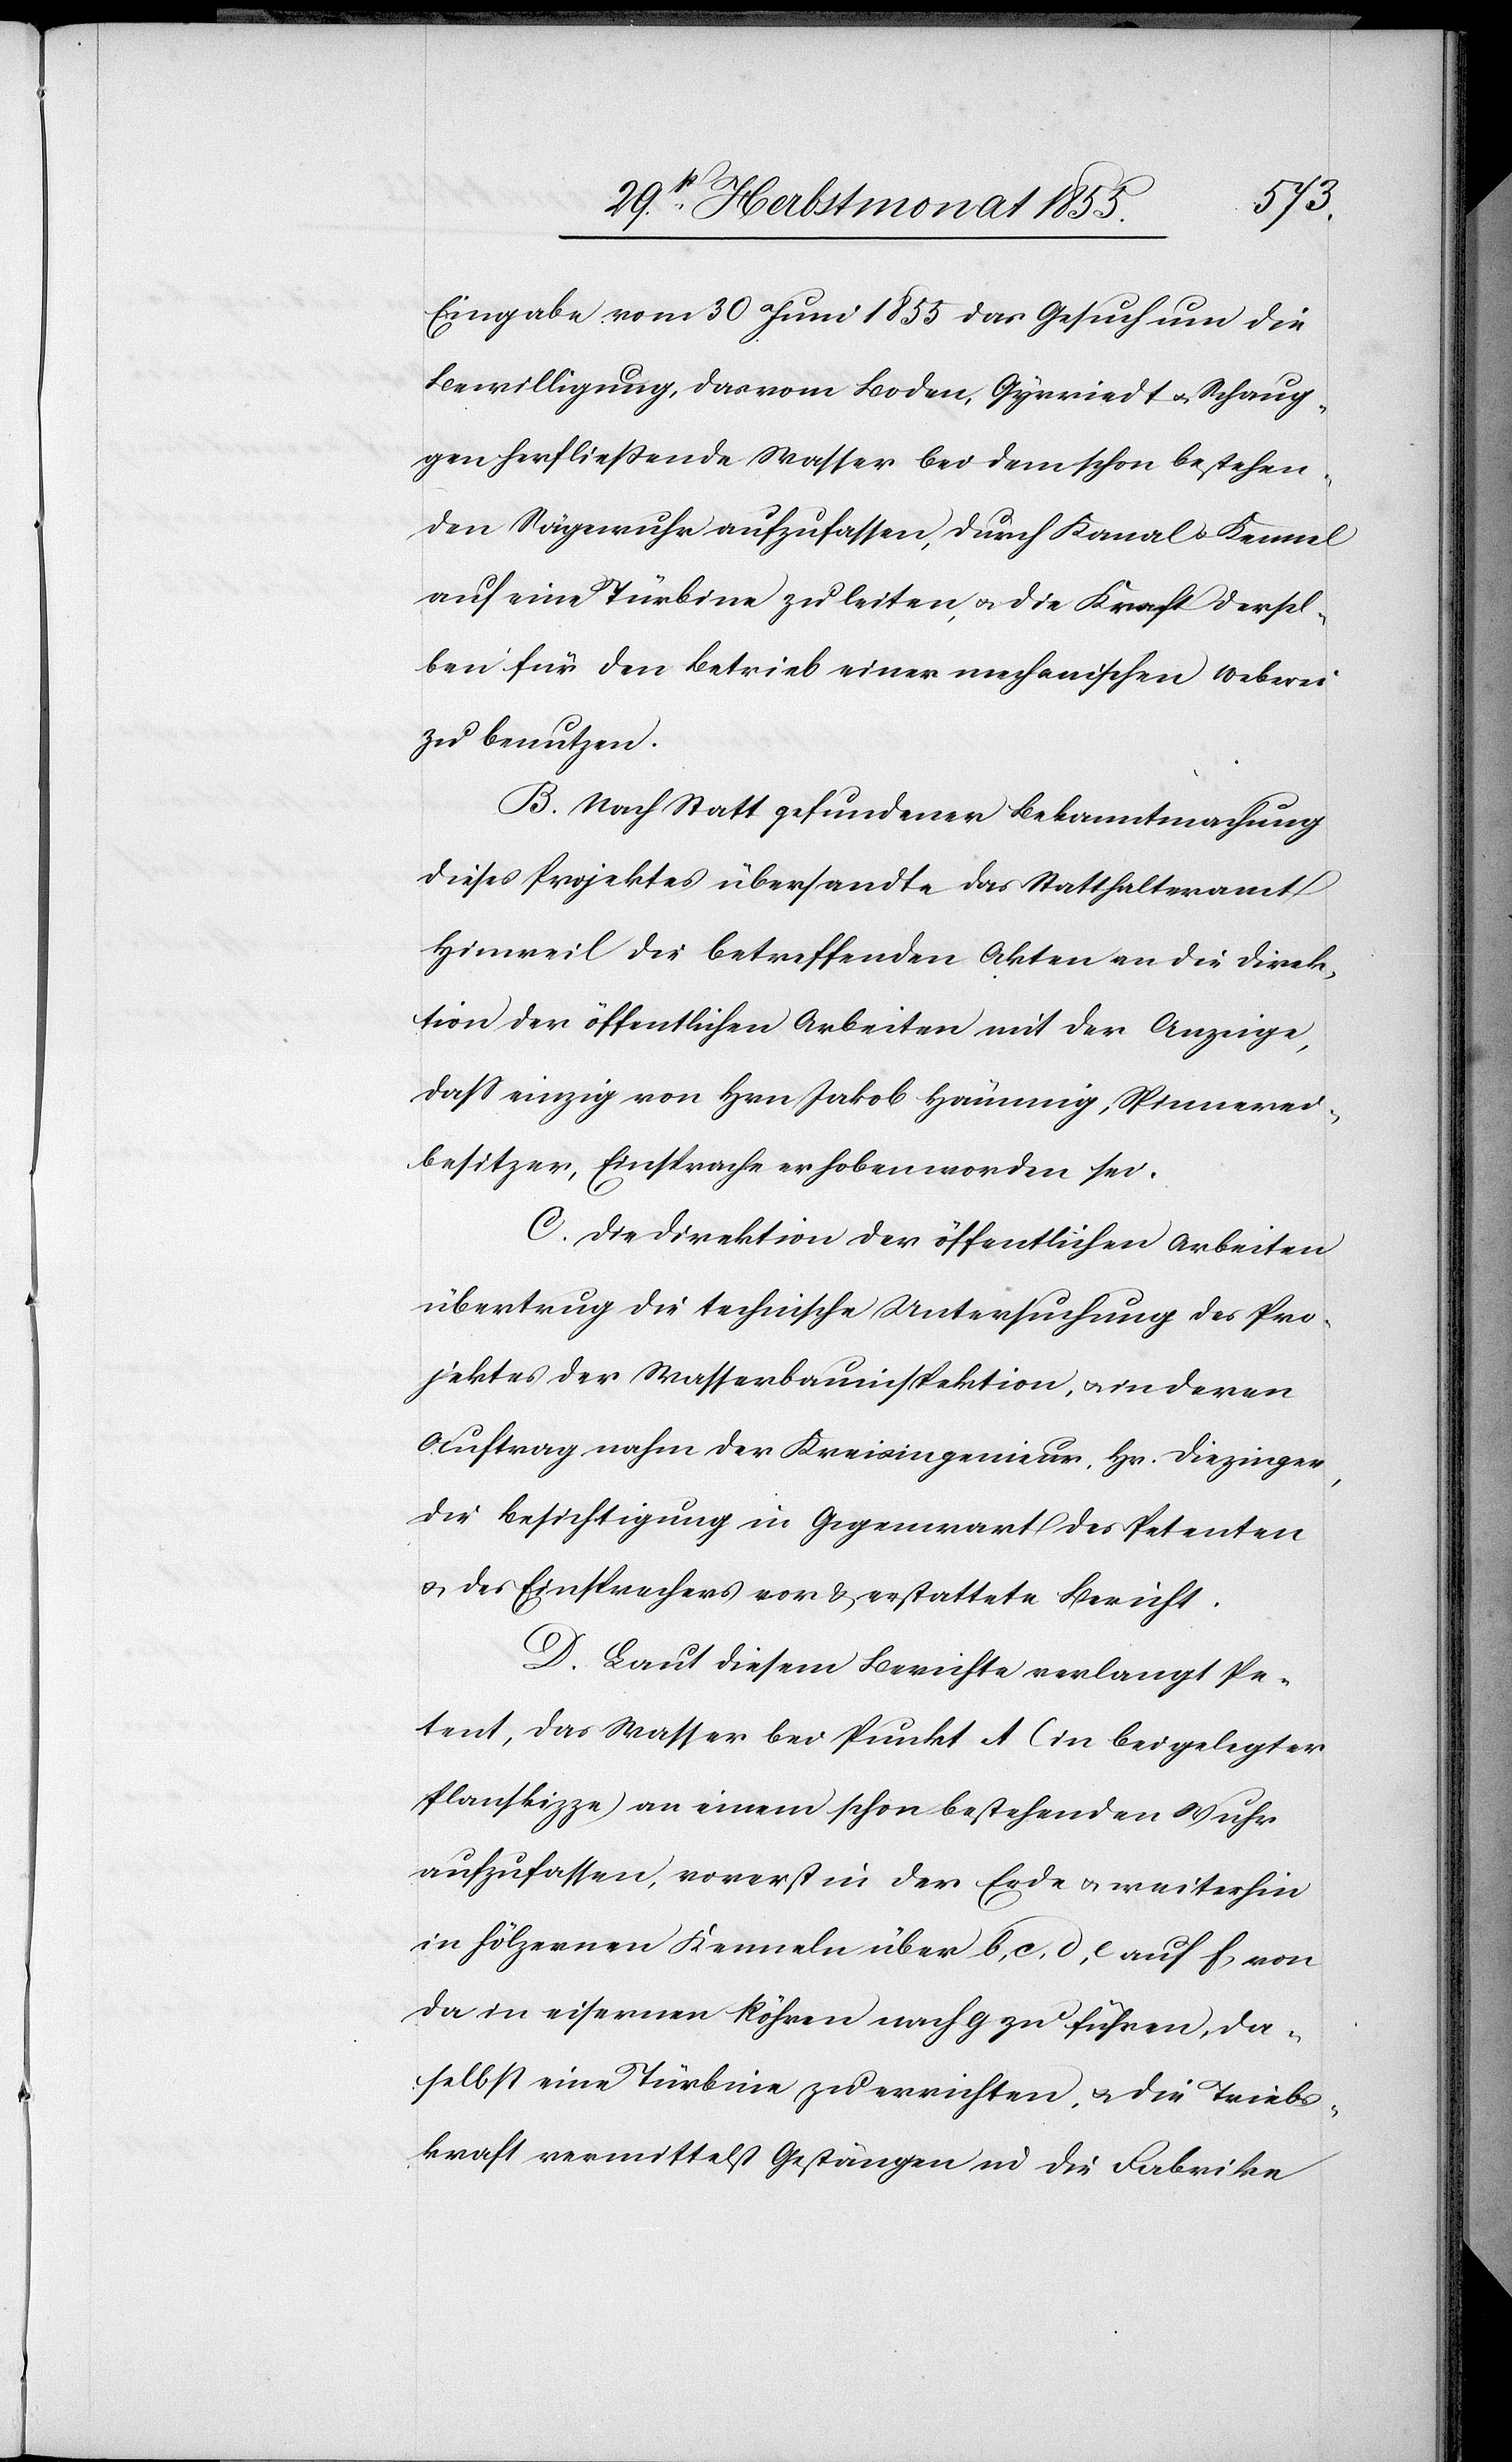
Eingabe vom 30 Juni 1855 das Gesuch um die
Bewilligung, das vom Boden, Gyrriedt & Schaug¬
gen herfließende Wasser bei dem schon bestehen¬
den Sägewuhr aufzufassen, durch Kanal & Kennel
auf eine Türbine zu leiten, & die Kraft dersel¬
ben für den Betrieb einer mechanischen Weberei
zu benutzen.
B. Nach Statt gefundener Bekanntmachung
dieses Projektes übersandte das Statthalteramt
Hinweil die betreffenden Akten an die Direk¬
tion der öffentlichen Arbeiten mit der Anzeige,
dass einzig von Hrn. Jakob Hämmig, Spinnerei¬
besitzer, Einsprache erhoben worden sei.
C. Die Direktion der öffentlichen Arbeiten
übertrug die technische Untersuchung des Pro¬
jektes der Wasserbauinspektion, & in deren
Auftrag nahm der Kreisingenieur, Hr. Diezinger,
die Besichtigung in Gegenwart des Petenten
& des Einsprechers vor & erstattete Bericht.
D. Laut diesem Berichte verlangt Pe¬
tent, das Wasser bei Punkt A (in beigelegter
Planskizze) an einem schon bestehenden Wuhr
aufzufassen, vorerst in der Erde & weiterhin
in hölzernen Kenneln über b, c, d, e auf f, von
da in eisernen Röhren nach g zu führen, da¬
selbst eine Türbine zu errichten, & die Triebs¬
kraft vermittelst Gestängen in die Fabrike